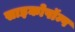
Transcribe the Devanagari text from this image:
साइकोपॉम्प